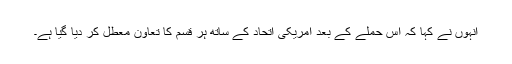
انہوں نے کہا کہ اس حملے کے بعد امریکی اتحاد کے ساتھ ہر قسم کا تعاون معطل کر دیا گیا ہے۔